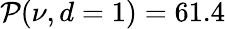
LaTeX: \mathcal{P}(\nu,d=1)=61.4